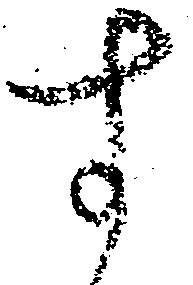
す